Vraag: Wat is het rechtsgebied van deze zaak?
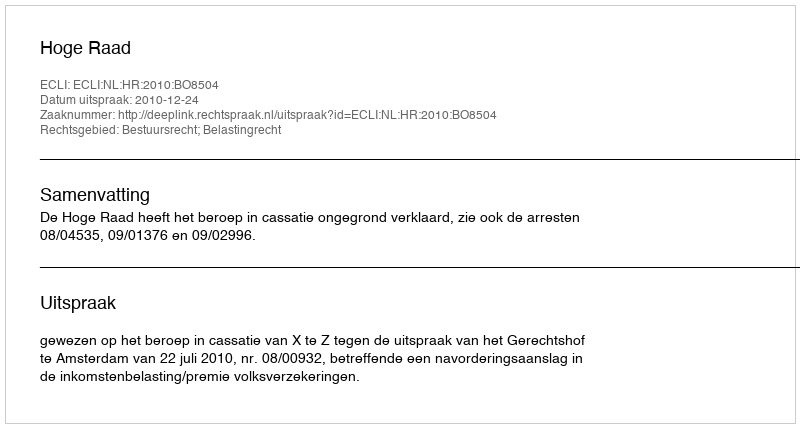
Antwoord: Bestuursrecht; Belastingrecht